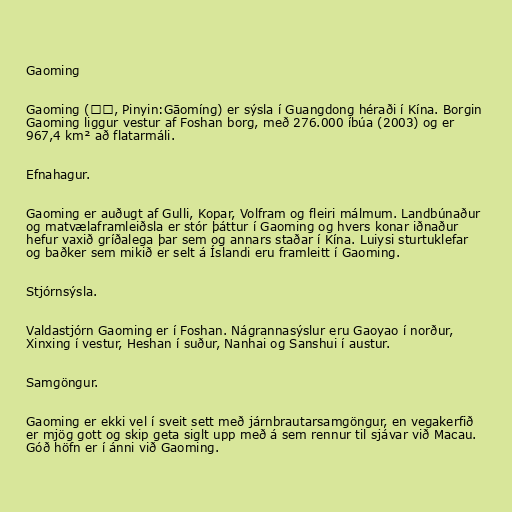
Gaoming

Gaoming (高明, Pinyin:Gāomíng) er sýsla í Guangdong héraði í Kína. Borgin
Gaoming liggur vestur af Foshan borg, með 276.000 íbúa (2003) og er
967,4 km² að flatarmáli.

Efnahagur.

Gaoming er auðugt af Gulli, Kopar, Volfram og fleiri málmum. Landbúnaður
og matvælaframleiðsla er stór þáttur í Gaoming og hvers konar iðnaður
hefur vaxið gríðalega þar sem og annars staðar í Kína. Luiysi sturtuklefar
og baðker sem mikið er selt á Íslandi eru framleitt í Gaoming.

Stjórnsýsla.

Valdastjórn Gaoming er í Foshan. Nágrannasýslur eru Gaoyao í norður,
Xinxing í vestur, Heshan í suður, Nanhai og Sanshui í austur.

Samgöngur.

Gaoming er ekki vel í sveit sett með járnbrautarsamgöngur, en vegakerfið
er mjög gott og skip geta siglt upp með á sem rennur til sjávar við Macau.
Góð höfn er í ánni við Gaoming.